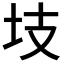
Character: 𭍾